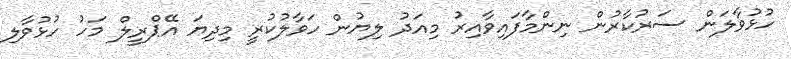
ހުޅުވާލަން ސަރުކާރުން ނިންމާފައިވާއިރު މިއަދު ލިޔުން ހަވާލުކުރީ މިދިޔަ އޭޕްރީލް މަހު ހުޅުވާލި